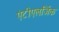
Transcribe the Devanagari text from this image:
एंटीएलर्जिक